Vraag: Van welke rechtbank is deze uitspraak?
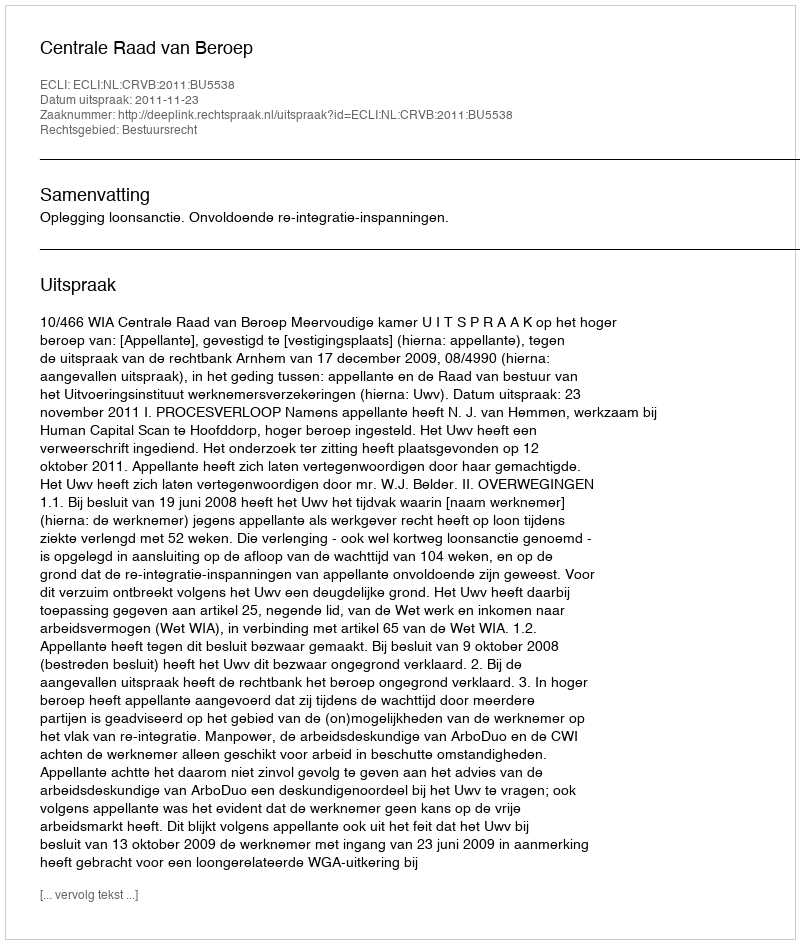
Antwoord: Centrale Raad van Beroep